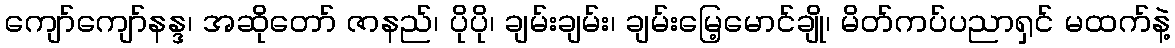
ကျော်ကျော်နန္ဒ၊ အဆိုတော် ဇာနည်၊ ပိုပို၊ ချမ်းချမ်း၊ ချမ်းမြေ့မောင်ချို၊ မိတ်ကပ်ပညာရှင် မထက်နဲ့